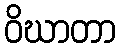
ဝိဃာတာ